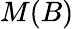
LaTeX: M(B)